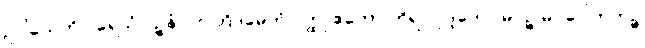
ဥပါယေဟိ ပရေသံ ဝဉ္စနံ။ တတြိဒမေကံ ဝတ္ထု ဧကော ကိရ လုဒ္ဒကော မိဂဉ္စ မိဂပေါတကဉ္စ